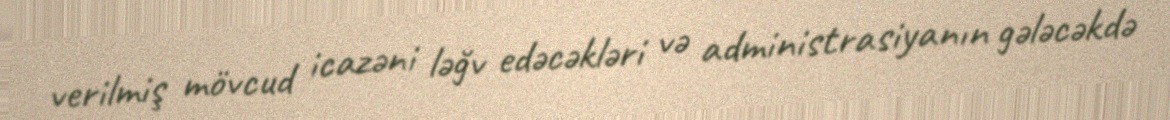
verilmiş mövcud icazəni ləğv edəcəkləri və administrasiyanın gələcəkdə